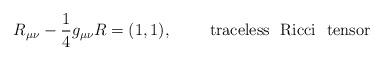
LaTeX: \begin{align*}R_{\mu \nu}-\frac{1}{4} g_{\mu \nu} R =(1,1),~~~~~~~{\rm traceless ~~Ricci~~ tensor}\end{align*}